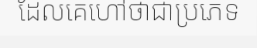
ដែលគេហៅថាជាប្រភេទ